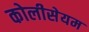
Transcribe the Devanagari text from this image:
कोलीसेयम